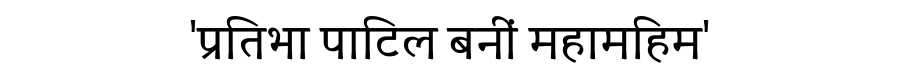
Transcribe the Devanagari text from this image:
'प्रतिभा पाटिल बनीं महामहिम'